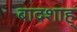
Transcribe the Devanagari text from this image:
बादशाह्